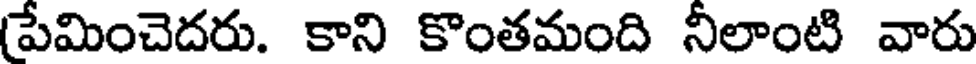
పేమించెదరు. కాని కొంతమంది నీలాంటి వారు